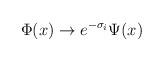
LaTeX: \begin{align*}\Phi (x) \rightarrow e^{-\sigma_{i}} \Psi (x)\end{align*}